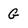
Character: G